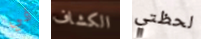
في الكشاف لحظتي